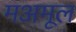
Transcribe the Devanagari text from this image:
मअमूल